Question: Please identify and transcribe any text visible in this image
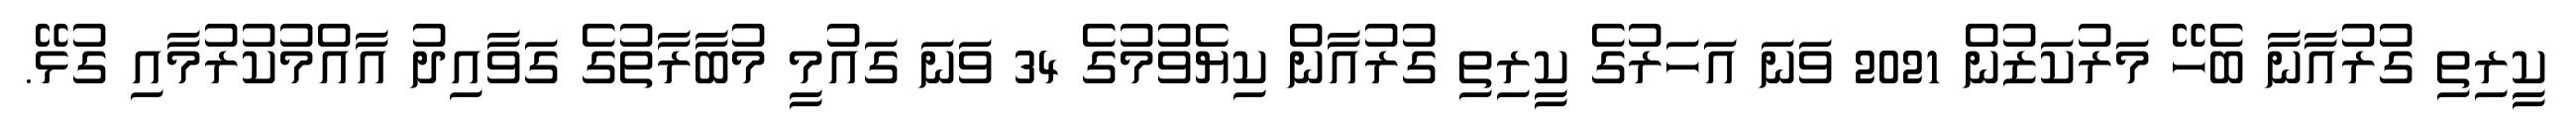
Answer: ކީރިތި ގުރުއާނާ ބެހޭ މަރުކަޒުން 2021 ވަނަ އަހަރުގެ ކީރިތި ގުރުއާން ކިޔެވުމުގެ 34 ވަނަ ގައުމީ މުބާރާތުގެ ގަވާއިދު އާއްމުކުރުމާއި ގުޅޭ.